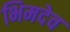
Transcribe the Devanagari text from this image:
भिमदेव